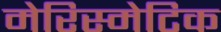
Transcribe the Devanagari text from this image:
मेरिस्मेटिक